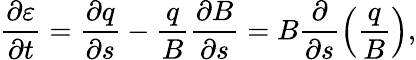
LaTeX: \frac{\partial\varepsilon}{\partial t}=\frac{\partial q}{\partial s}-\frac{q}{B}\frac{\partial B}{\partial s}=B\frac{\partial}{\partial s}\left(\frac{q}{B}\right),